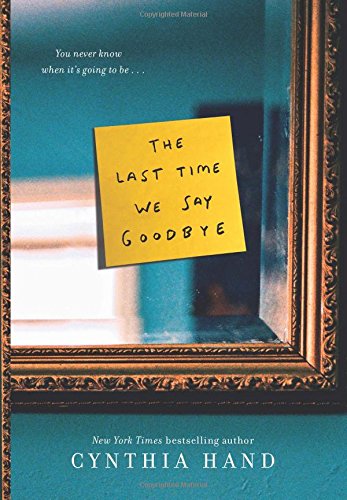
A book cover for The Last Time We Say Goodbye; Cynthia Hand; Teen & Young Adult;